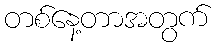
တစ်နေ့တာအတွက်